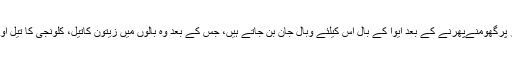
چھٹیوںمیں ساحل سمندر پرگھومنےپھرنے کے بعد ایوا کے بال اس کیلئے وبالِ جان بن جاتے ہیں، جس کے بعد وہ بالوں میں زیتون کاتیل، کلونجی کا تیل اور تِلوں کا تیل لگاتی ہے۔